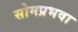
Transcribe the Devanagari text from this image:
सोमप्रभवा